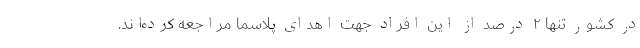
در کشور تنها ۲ درصد از این افراد جهت اهدای پلاسما مراجعه کرده‌اند.